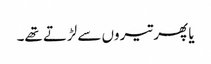
یا پھر تیروں سے لڑتے تھے۔